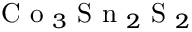
\mathrm { ~ C ~ o ~ } _ { 3 } \mathrm { ~ S ~ n ~ } _ { 2 } \mathrm { ~ S ~ } _ { 2 }